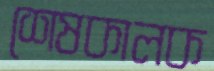
শেষকালক